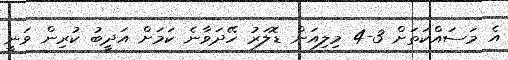
އެ މަސައްކަތަށް 3-4 މިލިއަން ޑޮލަރު ހޭދަވާނެ ކަމަށް އަދީބު ކުރިން ވަނީ